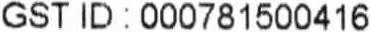
GST ID : 000781500416